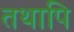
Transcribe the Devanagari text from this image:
तथापि